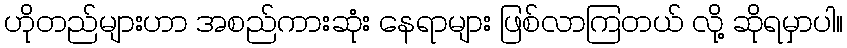
ဟိုတည်များဟာ အစည်ကားဆုံး နေရာများ ဖြစ်လာကြတယ် လို့ ဆိုရမှာပါ။